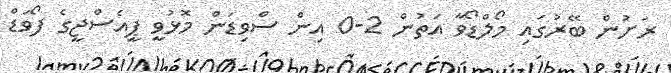
ރަށުން ބޭރުގައި މޯލްޑޯވާ އަތުން 2-0 އިން ސްވިޑަން މޮޅުވީ ޕީއެސްޖީގެ ފޯވަޑް